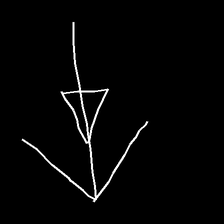
Glyph: pull